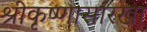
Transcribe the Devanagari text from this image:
श्रीकृष्णासारखा